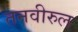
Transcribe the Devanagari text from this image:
तनवीरुल